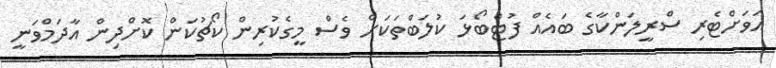
އަވަށްޓެރި ސްރީލަންކާގެ ބައެއް ފުޓްބޯޅަ ކުލަބްތަކަށް ވެސް މީގެކުރިން ކޯޗުކަން ކޮށްދިން އާދަމްވަނީ